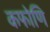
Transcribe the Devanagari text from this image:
कफोणि